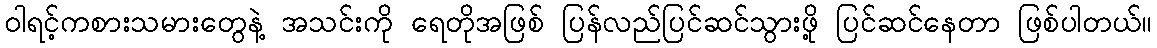
ဝါရင့်ကစားသမားတွေနဲ့ အသင်းကို ရေတိုအဖြစ် ပြန်လည်ပြင်ဆင်သွားဖို့ ပြင်ဆင်နေတာ ဖြစ်ပါတယ်။